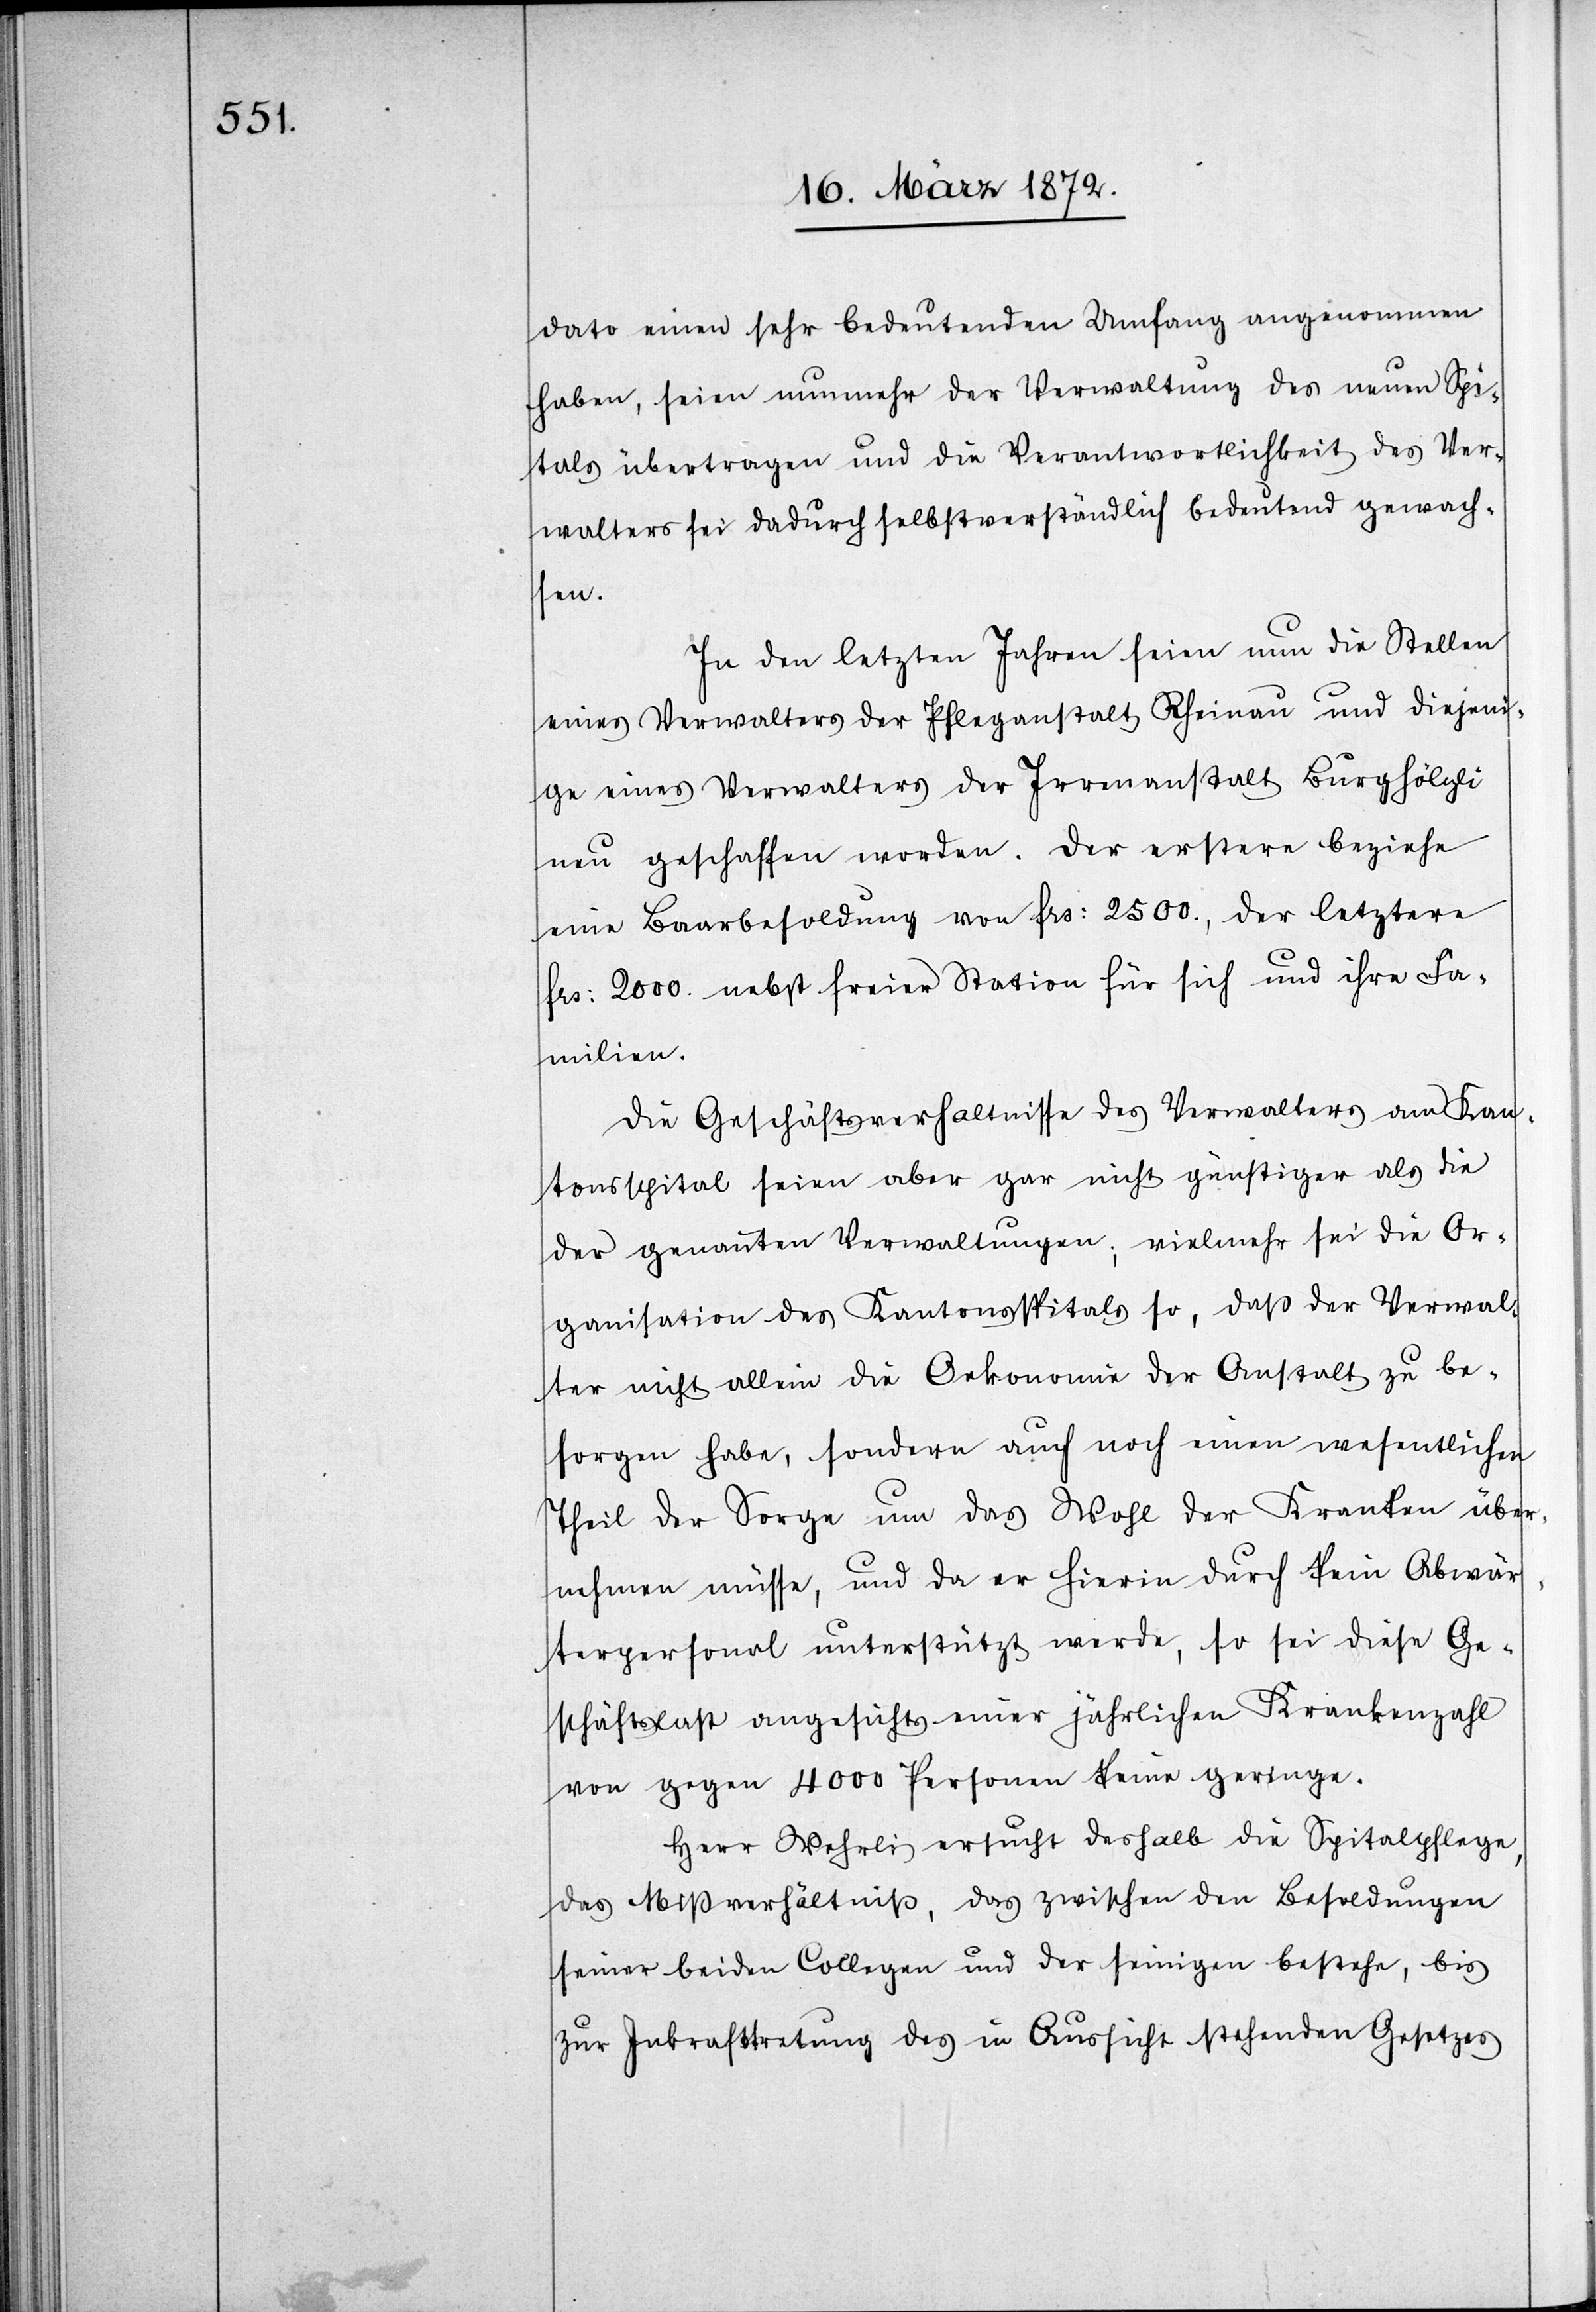
dato einen sehr bedeutenden Umfang angenommen
haben, seien nunmehr der Verwaltung des neuen Spi¬
tals übertragen und die Verantwortlichkeit des Ver¬
walters sei dadurch selbstverständlich bedeutend gewachs¬
en.
In den letzten Jahren seien nun die Stellen
eines Verwalters der Pfleganstalt Rheinau und diejeni¬
ge eines Verwalters der Irrenanstalt Burghölzli
neu geschaffen worden. Der erstere beziehe
eine Baarbesoldung von frs: 2500., der letztere
frs: 2000. nebst freier Station für sich und ihre Fa¬
milien.
Die Geschäftsverh[ä]ltnisse des Verwalters am Kan¬
tonsspital seien aber gar nicht günstiger als die
der genannten Verwaltungen; vielmehr sei die Or¬
ganisation des Kantonsspitals so, daß der Verwal¬
ter nicht allein die Oekonomie der Anstalt zu be¬
sorgen habe, sondern auch noch einen wesentlichen
Theil der Sorge um das Wohl der Kranken über¬
nehmen müsse, und da er hierin durch kein Abwär¬
terpersonal unterstützt werde, so sei diese Ge¬
schäftslast angesichts einer jährlichen Krankenzahl
von gegen 4000 Personen keine geringe.
Herr Wehrli ersucht deshalb die Spitalpflege,
das Mißverhältniß, das zwischen den Besoldungen
seiner beiden Collegen und der seinigen bestehe, bis
zur Inkrafttretung des in Aussicht stehenden Gesetzes